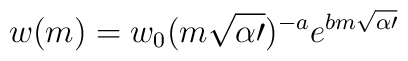
w(m)=w_0(m\sqrt{\alpha\prime})^{-a} e^{bm\sqrt{\alpha\prime}}